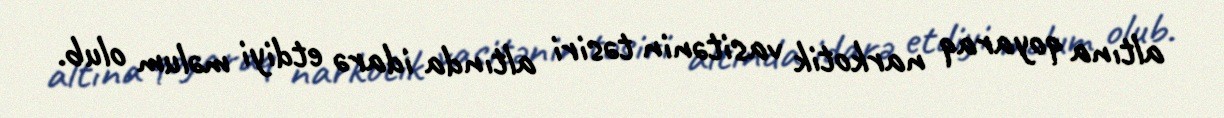
altına qoyaraq narkotik vasitənin təsiri altında idarə etdiyi məlum olub.